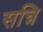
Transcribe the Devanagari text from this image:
सन्नि